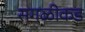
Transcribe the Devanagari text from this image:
सगळीकड